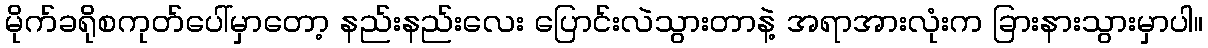
မိုက်ခရိုစကုတ်ပေါ်မှာတော့ နည်းနည်းလေး ပြောင်းလဲသွားတာနဲ့ အရာအားလုံးက ခြားနားသွားမှာပါ။